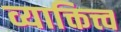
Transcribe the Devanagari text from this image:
व्याक्तित्त्व